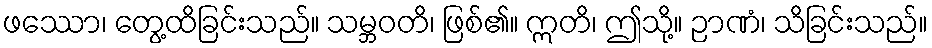
ဖဿော၊ တွေ့ထိခြင်းသည်။ သမ္ဘဝတိ၊ ဖြစ်၏။ ဣတိ၊ ဤသို့။ ဉာဏံ၊ သိခြင်းသည်။